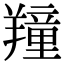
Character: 𦏆